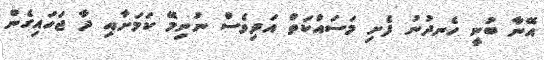
އޭނާ ބުނީ ހެނދުނު ފެށި މަސައްކަތް އަދިވެސް ނުނިމޭ ކަމަށާއި ދާ ޖަހައިގެން